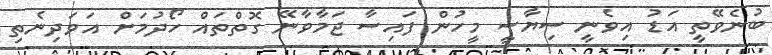
ބުނެވޭތީ އަޑު އިވެނީ ސިޔާސީ މީހުން ފައިސާ ޖަމާވާނޭ ގޮތްތައް ހޯދުމަށް އަވަދިނެތި